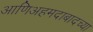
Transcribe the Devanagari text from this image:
आणिअहमदाबादच्या